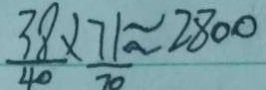
\frac { 3 8 } { 4 0 } \times \frac { 7 1 } { 7 0 } \approx 2 8 0 0